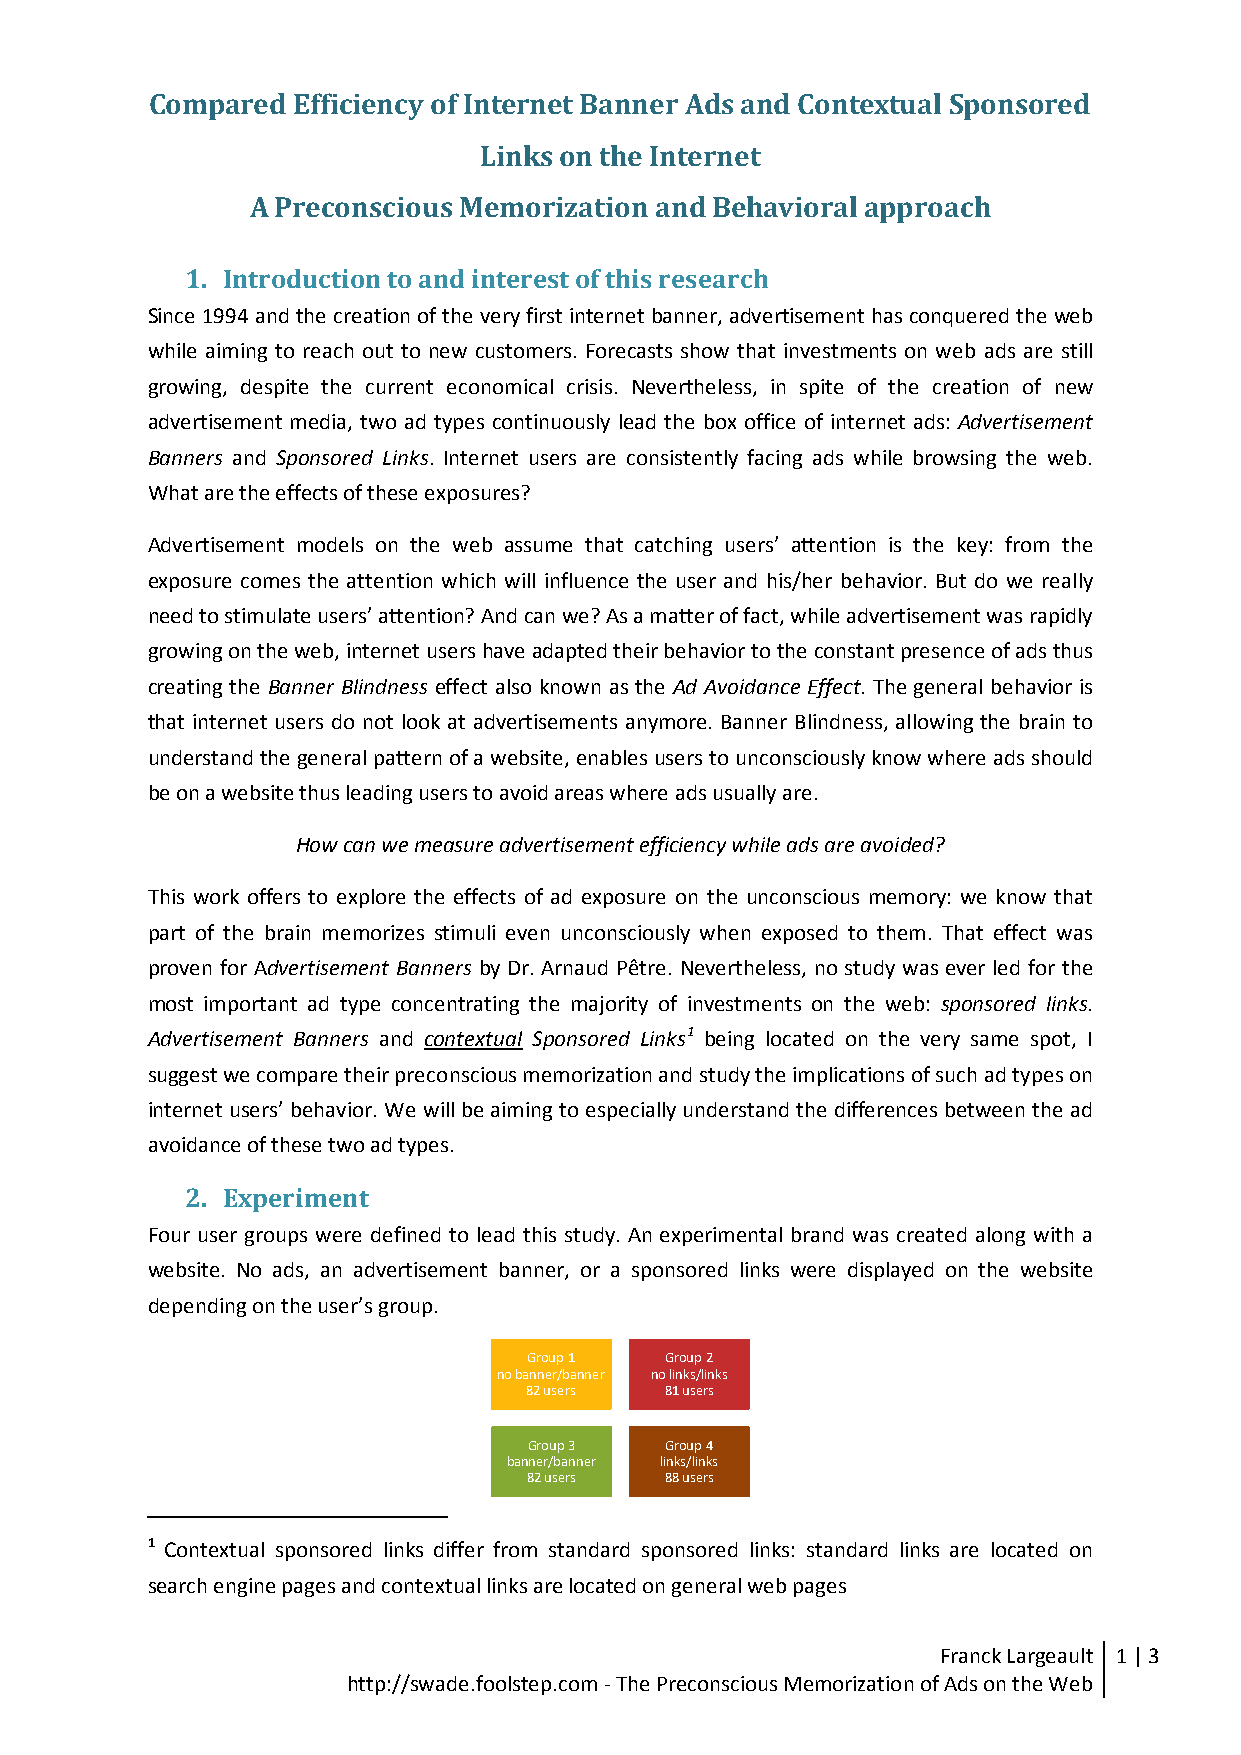
Compared Efficiency of Internet Banner Ads and Contextual Sponsored
 Links on the Internet
 A Preconscious Memorization and Behavioral approach
 1. Introduction to and interest of this research
 Since 1994 and the creation of the very first internet banner, advertisement has conquered the web
 while aiming to reach out to new customers. Forecasts show that investments on web ads are still
 growing, despite the current economical crisis. Nevertheless, in spite of the creation of new
 advertisement media, two ad types continuously lead the box office of internet ads: Advertisement
 Banners and Sponsored Links. Internet users are consistently facing ads while browsing the web.
 What are the effects of these exposures?
 Advertisement models on the web assume that catching users’ attention is the key: from the
 exposure comes the attention which will influence the user and his/her behavior. But do we really
 need to stimulate users’ attention? And can we? As a matter of fact, while advertisement was rapidly
 growing on the web, internet users have adapted their behavior to the constant presence of ads thus
 creating the Banner Blindness effect also known as the Ad Avoidance Effect. The general behavior is
 that internet users do not look at advertisements anymore. Banner Blindness, allowing the brain to
 understand the general pattern of a website, enables users to unconsciously know where ads should
 be on a website thus leading users to avoid areas where ads usually are.
 How can we measure advertisement efficiency while ads are avoided?
 This work offers to explore the effects of ad exposure on the unconscious memory: we know that
 part of the brain memorizes stimuli even unconsciously when exposed to them. That effect was
 proven for Advertisement Banners by Dr. Arnaud Pêtre. Nevertheless, no study was ever led for the
 most important ad type concentrating the majority of investments on the web: sponsored links.
 Advertisement Banners and contextual Sponsored Links1 being located on the very same spot, I
 suggest we compare their preconscious memorization and study the implications of such ad types on
 internet users’ behavior. We will be aiming to especially understand the differences between the ad
 avoidance of these two ad types.
 2. Experiment
 Four user groups were defined to lead this study. An experimental brand was created along with a
 website. No ads, an advertisement banner, or a sponsored links were displayed on the website
 depending on the user’s group.
 Group 1  Group 2
 no banner/banner no links/links
 82 users 81 users
 Group 3  Group 4
 banner/banner links/links
 82 users 88 users
 1 Contextual sponsored links differ from standard sponsored links: standard links are located on
 search engine pages and contextual links are located on general web pages
 Franck Largeault 1 | 3
 http://swade.foolstep.com - The Preconscious Memorization of Ads on the Web